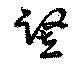
竪